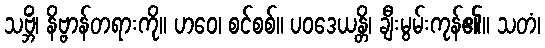
သဗ္ဘိံ၊ နိဗ္ဗာန်တရားကို။ ဟဝေ၊ စင်စစ်။ ပဝဒေယန္တိ၊ ချီးမွမ်းကုန်၏။ သတံ၊